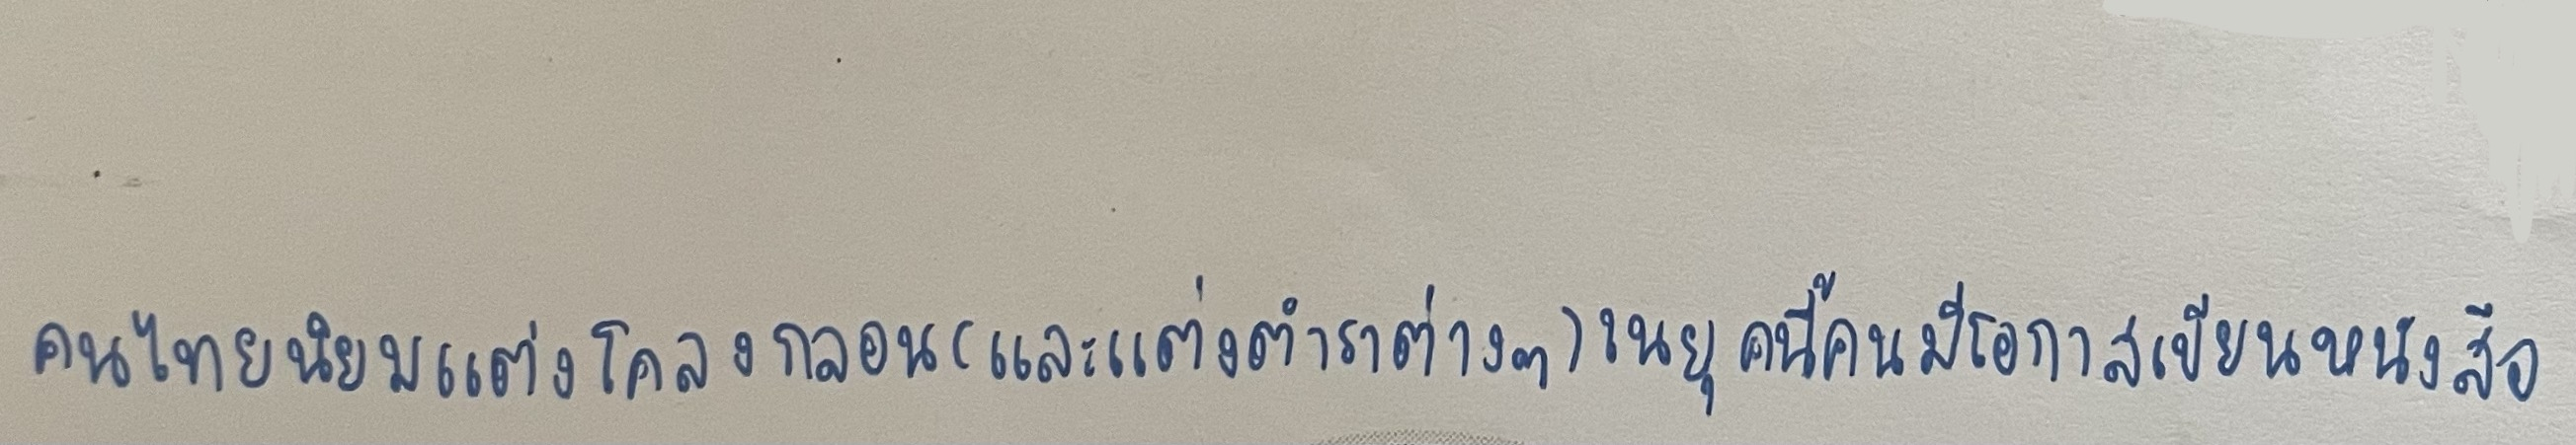
คนไทยนิยมแต่งโคลงกลอน(และแต่งตำราต่างๆ)ในยุคนี้คนมีโอกาสเขียนหนังสือ